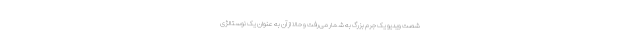
شصت ویدیو یک جرم بزرگ به شمار می‌رفت و حالا از آن به عنوان یک نوستالژی